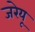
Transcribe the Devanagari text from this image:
जरेयू